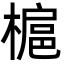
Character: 槴